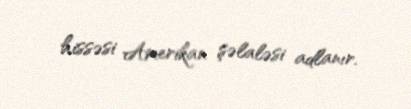
hissəsi Amerikan şəlaləsi adlanır.